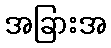
အခြားအ